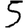
Digit: 5